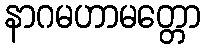
နာဂမဟာမတ္တော